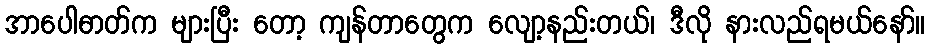
အာပေါဓာတ်က များပြီး တော့ ကျန်တာတွေက လျော့နည်းတယ်၊ ဒီလို နားလည်ရမယ်နော်။